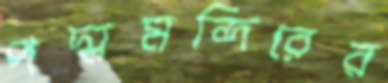
পদ্মমন্দিরের